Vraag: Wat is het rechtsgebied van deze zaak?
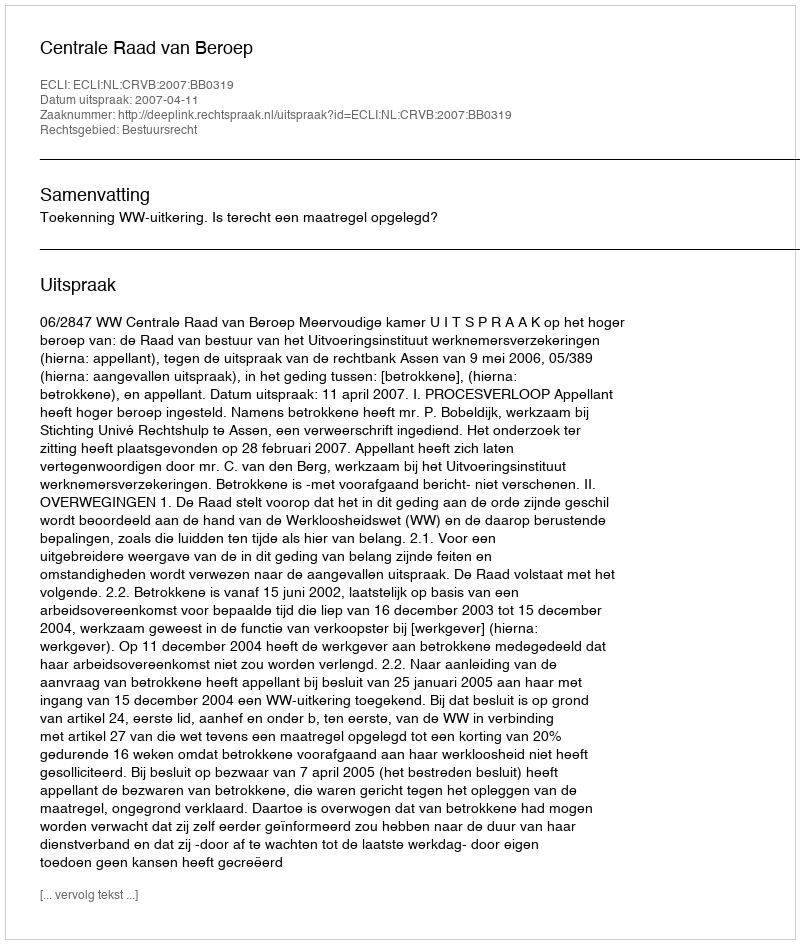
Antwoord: Bestuursrecht